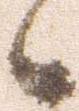
候